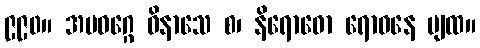
၉၉၀။ အပဝဂ္ဂေ ဝိနာသေ စ၊ နိရောဓော ရောဓနေ ပျထ။